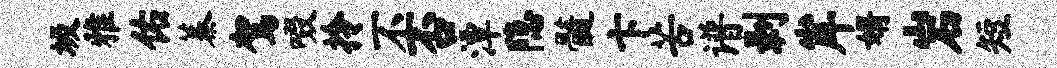
圾雅佑蓁驾啜拎不否潭隐髓卞苦谱剥岸婿岩短